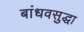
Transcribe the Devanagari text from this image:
बांधवसुद्धा